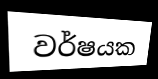
වර්ෂයක